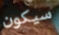
سيكون